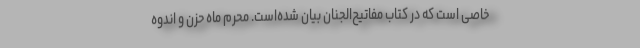
خاصی است که در کتاب مفاتیح‌الجنان بیان شده‌است. محرم ماه حزن و اندوه